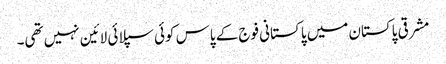
مشرقی پاکستان میں پاکستانی فوج کے پاس کوئی سپلائی لائین نہیں تھی۔